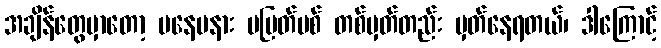
အချိန်တွေမှာတော့ မနေမနား မပြတ်မစ် တစ်မှတ်တည်း မှတ်နေရတယ်၊ ဒါကြောင့်